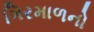
ગિરમાળનો